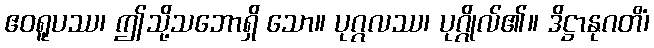
ဧဝရူပဿ၊ ဤသို့သဘောရှိ သော။ ပုဂ္ဂလဿ၊ ပုဂ္ဂိုလ်၏။ ဒိဋ္ဌာနုဂတိံ၊